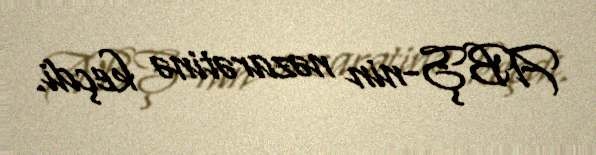
ABŞ-nin nəzarətinə keçdi.